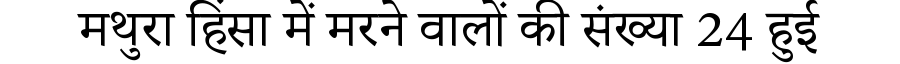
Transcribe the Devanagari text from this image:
मथुरा हिंसा में मरने वालों की संख्या 24 हुई